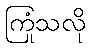
ကြုံသလို